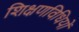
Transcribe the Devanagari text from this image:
शिक्षणविधियों